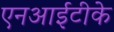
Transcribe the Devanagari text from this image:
एनआईटीके